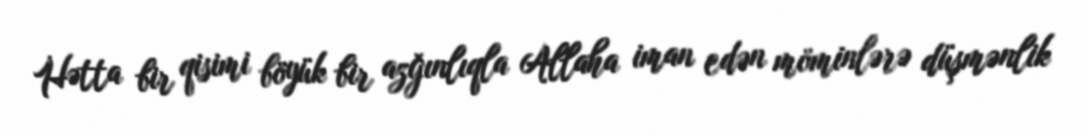
Hətta bir qisimi böyük bir azğınlıqla Allaha iman edən möminlərə düşmənlik